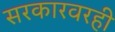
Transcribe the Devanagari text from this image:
सरकारवरही